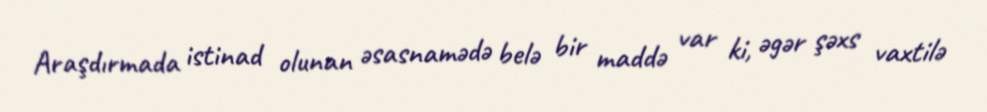
Araşdırmada istinad olunan əsasnamədə belə bir maddə var ki, əgər şəxs vaxtilə